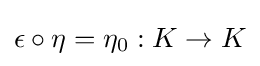
\epsilon \circ \eta =\eta _{0}:K\to K